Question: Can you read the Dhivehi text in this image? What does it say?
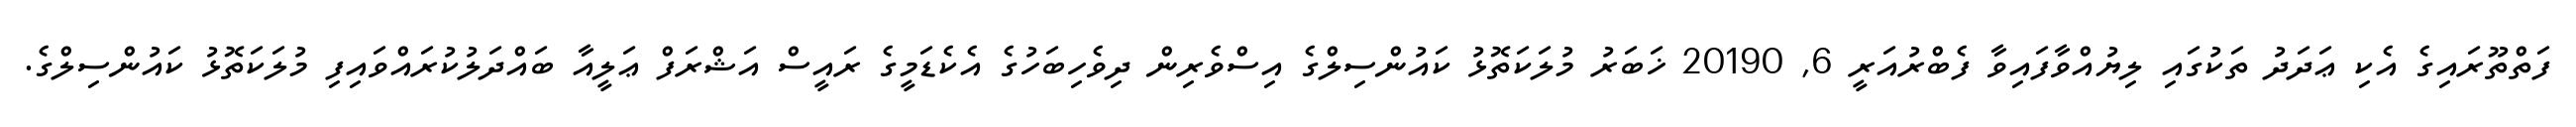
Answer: ފަތްތޫރައިގެ އެކި ޢަދަދު ތަކުގައި ލިޔުއްވާފައިވާ ފެބްރުއަރީ 6, 20190 ޚަބަރު މުލަކަތޮޅު ކައުންސިލްގެ އިސްވެރިން ދިވެހިބަހުގެ އެކެޑަމީގެ ރައީސް އަޝްރަފް ޢަލީއާ ބައްދަލުކުރައްވައިފި މުލަކަތޮޅު ކައުންސިލްގެ.